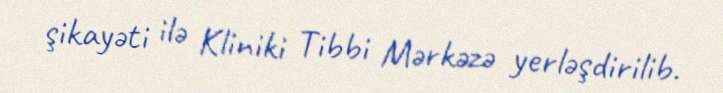
şikayəti ilə Kliniki Tibbi Mərkəzə yerləşdirilib.